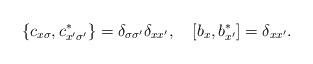
LaTeX: \begin{align*}\{c_{x\sigma}, c_{x'\sigma'}^*\}=\delta_{\sigma\sigma'}\delta_{xx'},\ \ \ [b_x, b_{x'}^*]=\delta_{xx'}.\end{align*}